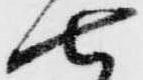
七